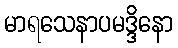
မာရသေနာပမဒ္ဒိနော